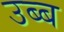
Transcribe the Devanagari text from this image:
उब्ब